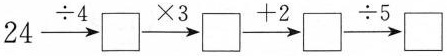
24\xrightarrow[]{\div 4}\square \xrightarrow[]{\times 3}\square \xrightarrow[]{+2}\square \xrightarrow[]{\div 5}\square